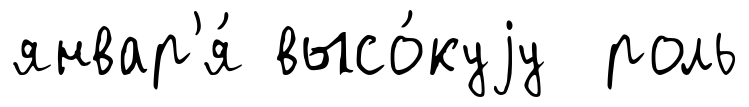
январ'я́ высо́куjу роль